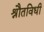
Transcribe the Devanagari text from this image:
श्रौतविधी